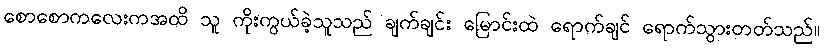
စောစောကလေးကအထိ သူ ကိုးကွယ်ခဲ့သူသည် ချက်ချင်း မြောင်းထဲ ရောက်ချင် ရောက်သွားတတ်သည်။